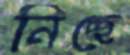
নিচ্ছে